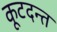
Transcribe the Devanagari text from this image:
कूटदन्त